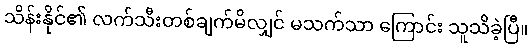
သိန်းနိုင်၏ လက်သီးတစ်ချက်မိလျှင် မသက်သာ ကြောင်း သူသိခဲ့ပြီ။